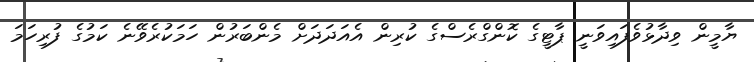
ޔާމީން ވިދާޅުވެފައިވަނީ ޕާޓީގެ ކޮންގްރެސްގެ ކުރިން އެއަދަދަށް މެންބަރުން ހަމަކުރެވޭނެ ކަމުގެ ފުރިހަމަ